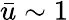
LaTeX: \bar{u}\sim 1